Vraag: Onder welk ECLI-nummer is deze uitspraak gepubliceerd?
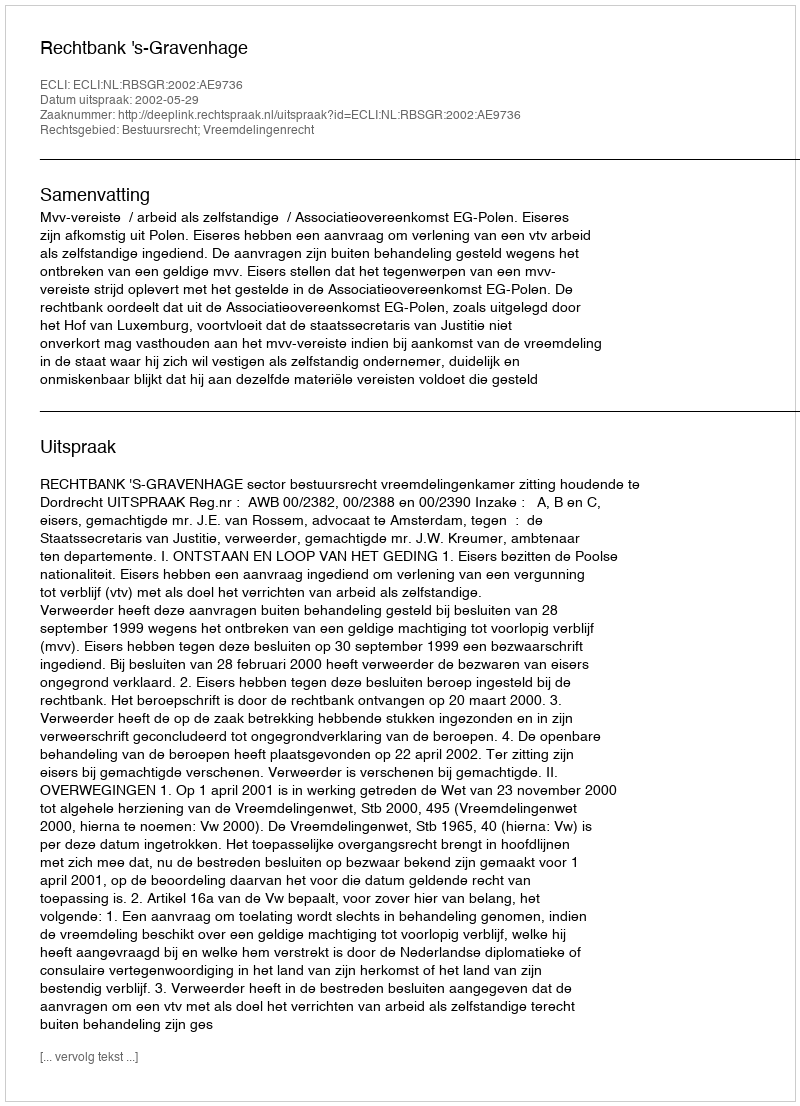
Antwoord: ECLI:NL:RBSGR:2002:AE9736